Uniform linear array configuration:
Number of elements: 12
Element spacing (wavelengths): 1
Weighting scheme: kaiser
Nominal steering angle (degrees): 0
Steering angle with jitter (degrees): -1.983
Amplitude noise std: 0.05
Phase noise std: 0.05

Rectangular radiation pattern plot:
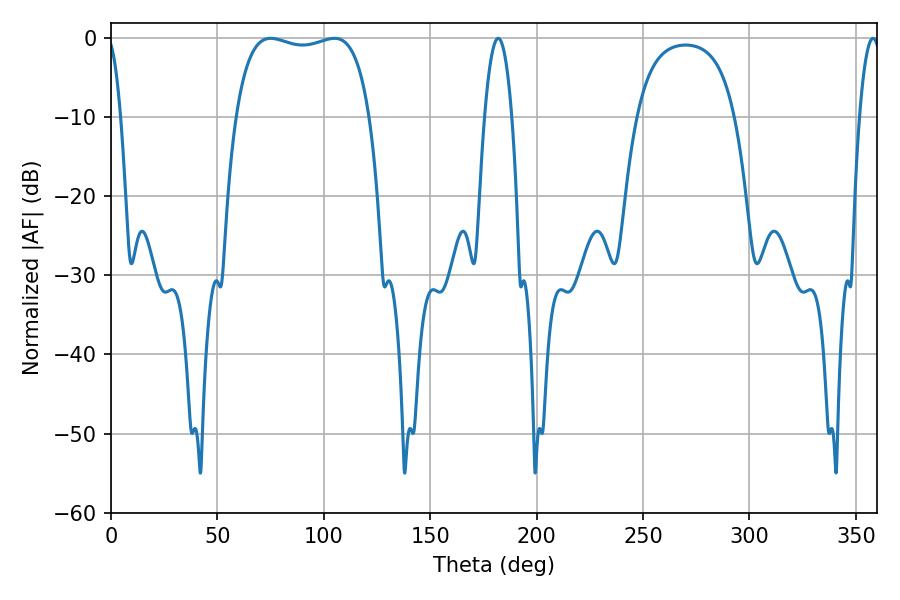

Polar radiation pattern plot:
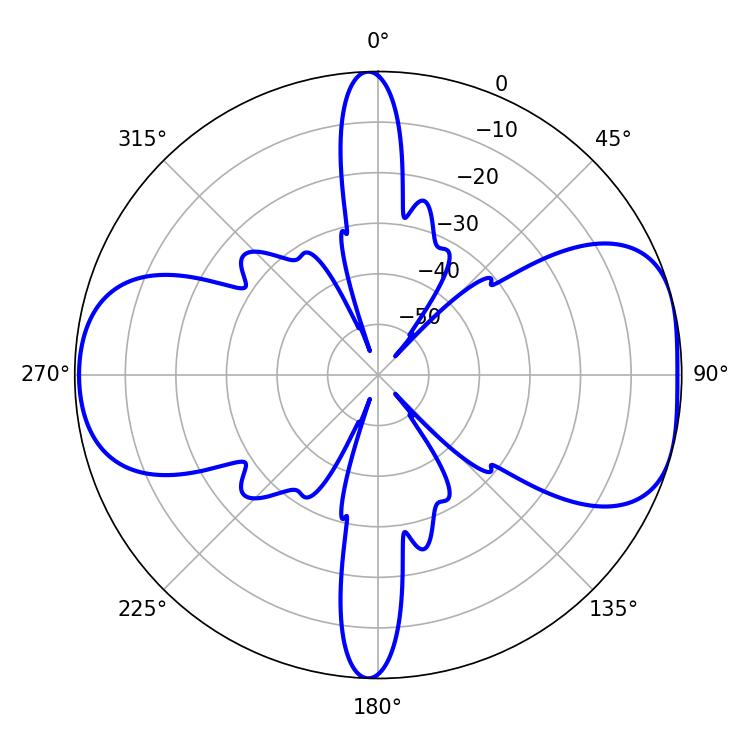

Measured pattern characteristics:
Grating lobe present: TRUE
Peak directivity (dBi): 7.467
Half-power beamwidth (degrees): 50.76
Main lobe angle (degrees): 75.06